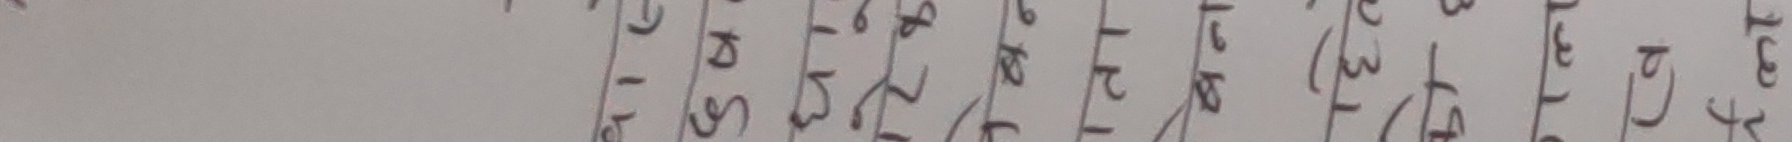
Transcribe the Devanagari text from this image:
१
२
३
४
५
६
७
८
९
१०